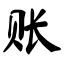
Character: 账